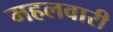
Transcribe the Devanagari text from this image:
महलवारी